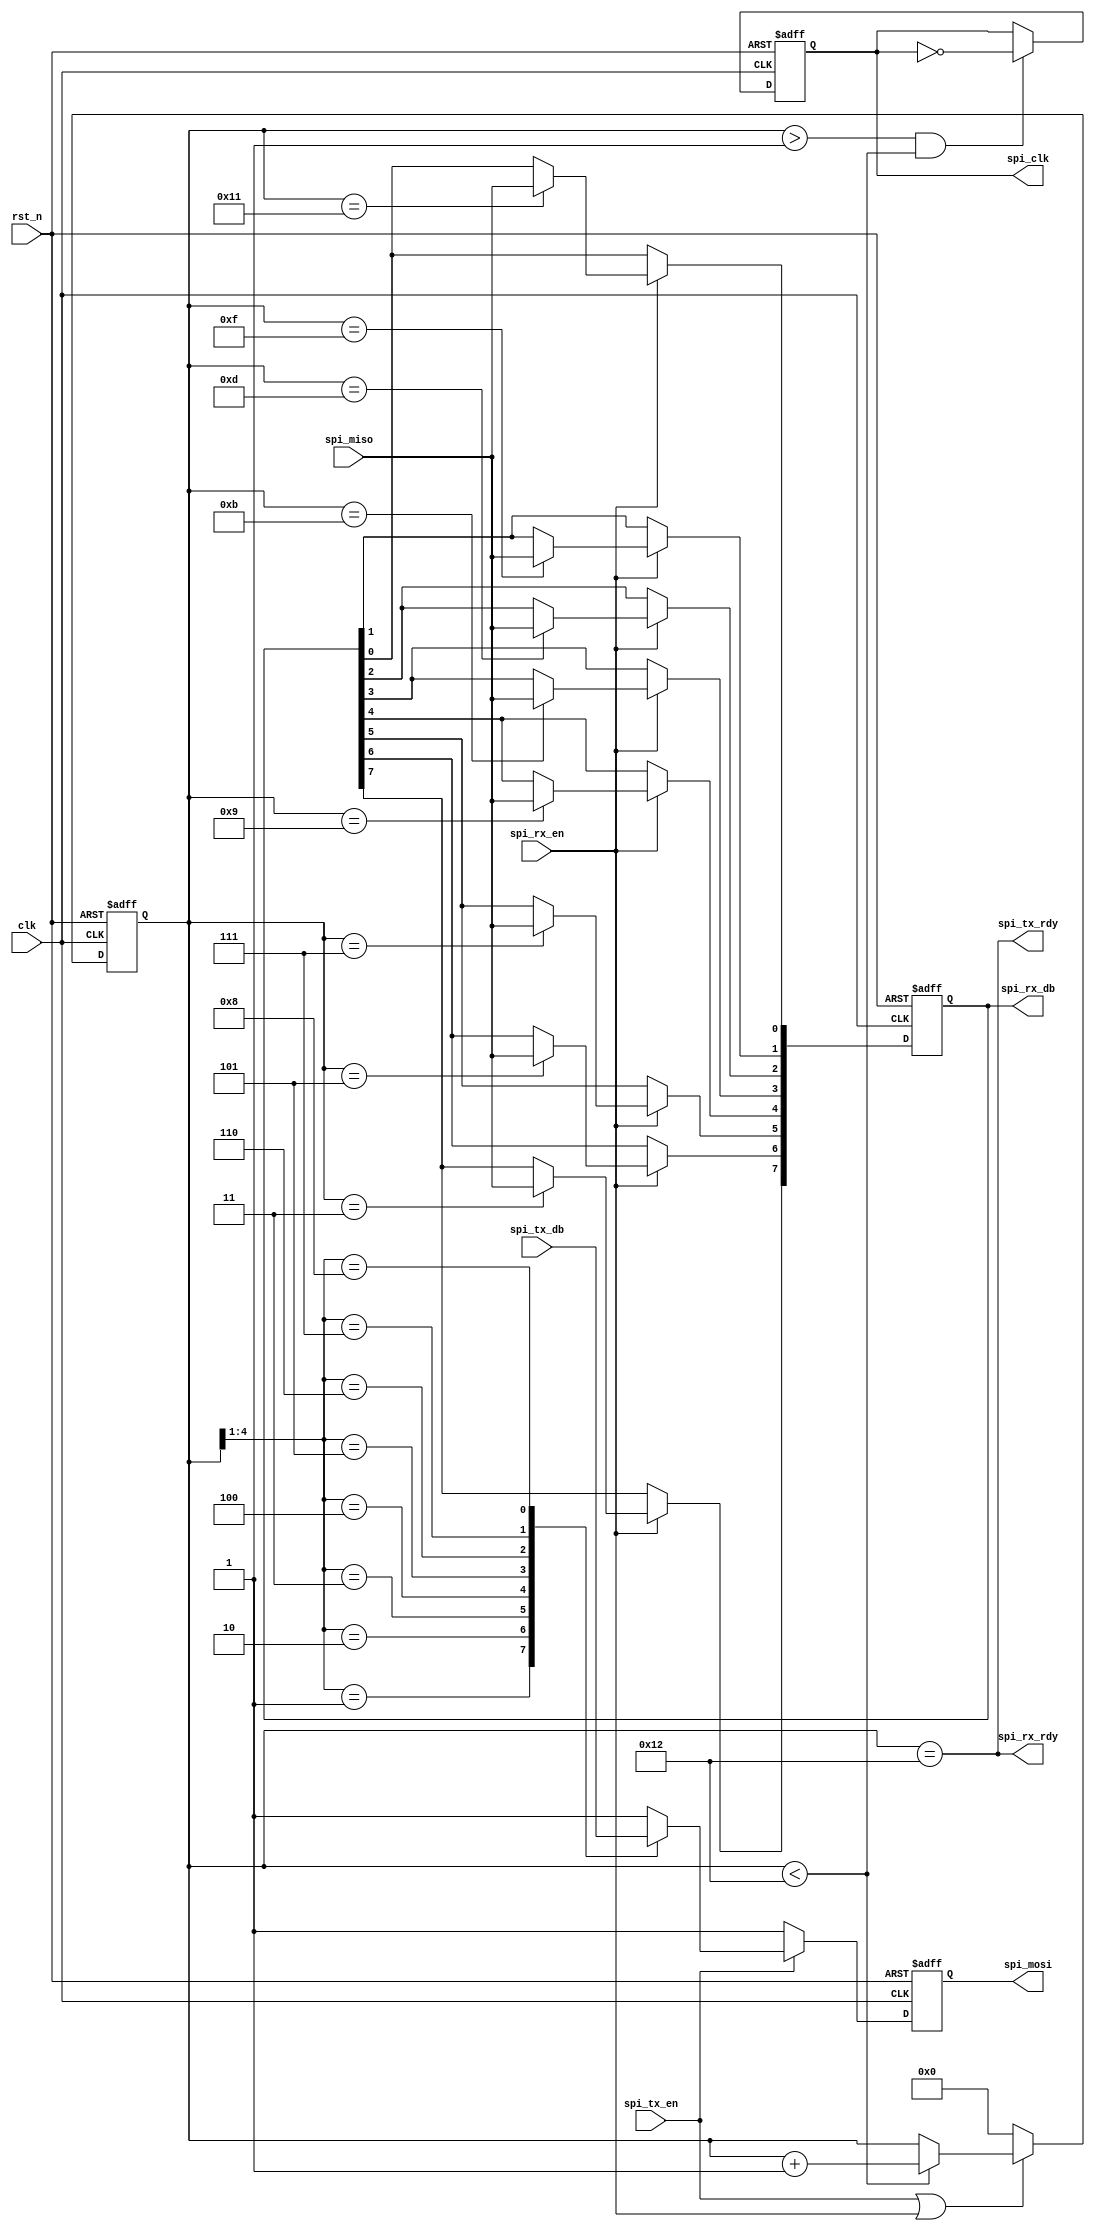
module spi_ctrl(
`ifndef SIM			
			spi_rx_db,
`endif	
			clk,rst_n,
			spi_miso,spi_mosi,spi_clk,
			spi_tx_en,spi_tx_rdy,spi_rx_en,spi_rx_rdy,spi_tx_db
			);

input clk;		//FPAGʱź25MHz
input rst_n;	//FPGA븴λź

input spi_miso;		//SPIӻź
output spi_mosi;	//SPIӻź
output spi_clk;		//SPIʱźţ

input spi_tx_en;		//SPIݷʹźţЧ
output spi_tx_rdy;		//SPIݷɱ־λЧ
input spi_rx_en;		//SPIݽʹźţЧ
output spi_rx_rdy;		//SPIݽɱ־λЧ
input[7:0] spi_tx_db;	//SPIݷͼĴ
`ifndef SIM
output[7:0] spi_rx_db;	//SPIݽռĴ
`else
wire[7:0] spi_rx_db;
`endif

//ģSPIʱģʽΪCPOL=1, CPHA=1,ģΪ25Mbit

//-------------------------------------------------
//SPIʱƼSPIʱɸüֵ
reg[4:0] cnt8;	//SPIʱƼ,Χ0-18

always @(posedge clk or negedge rst_n)
	if(!rst_n) cnt8 <= 5'd0;
	else if(spi_tx_en || spi_rx_en) begin
			if(cnt8 < 5'd18)cnt8 <= cnt8+1'b1;	//SPIʹ
			else ;	//18ֹͣȴspiʹ
		end
	else cnt8 <= 5'd0;	//SPIرգֹͣ

//-------------------------------------------------
//SPIʱźŲ
reg spi_clkr;	//SPIʱźţ

always @(posedge clk or negedge rst_n)
	if(!rst_n) spi_clkr <= 1'b1;
	else if(cnt8 > 5'd1 && cnt8 < 5'd18) spi_clkr <= ~spi_clkr;	//cnt82-17ʱSPIʱЧת

assign spi_clk = spi_clkr;

//-------------------------------------------------
//SPIݿ
reg spi_mosir;	//SPIӻź

always @(posedge clk or negedge rst_n)
	if(!rst_n) spi_mosir <= 1'b1;
	else if(spi_tx_en) begin
			case(cnt8[4:1])		//8bit
				4'd1: spi_mosir <= spi_tx_db[7];	//bit7
				4'd2: spi_mosir <= spi_tx_db[6];	//bit6
				4'd3: spi_mosir <= spi_tx_db[5];	//bit5
				4'd4: spi_mosir <= spi_tx_db[4];	//bit4
				4'd5: spi_mosir <= spi_tx_db[3];	//bit3
				4'd6: spi_mosir <= spi_tx_db[2];	//bit2
				4'd7: spi_mosir <= spi_tx_db[1];	//bit1
				4'd8: spi_mosir <= spi_tx_db[0];	//bit0
				default: spi_mosir <= 1'b1;	//spi_mosiûʱӦָߵƽ
				endcase
		end
	else spi_mosir <= 1'b1;	//spi_mosiûʱӦָߵƽ

assign spi_mosi = spi_mosir;

//-------------------------------------------------
//SPIݿ
reg[7:0] spi_rx_dbr;	//SPIӻ߼Ĵ

always @(posedge clk or negedge rst_n)
	if(!rst_n) spi_rx_dbr <= 8'hff;
	else if(spi_rx_en) begin
			case(cnt8)		//ղ8bit
				5'd3: spi_rx_dbr[7] <= spi_miso;	//bit7
				5'd5: spi_rx_dbr[6] <= spi_miso;	//bit6
				5'd7: spi_rx_dbr[5] <= spi_miso;	//bit5
				5'd9: spi_rx_dbr[4] <= spi_miso;	//bit4
				5'd11: spi_rx_dbr[3] <= spi_miso;	//bit3
				5'd13: spi_rx_dbr[2] <= spi_miso;	//bit2
				5'd15: spi_rx_dbr[1] <= spi_miso;	//bit1
				5'd17: spi_rx_dbr[0] <= spi_miso;	//bit0
				default: ;
				endcase
		end

assign spi_rx_db = spi_rx_dbr;

//-------------------------------------------------
//SPIݷɱ־λЧ
assign spi_tx_rdy = (cnt8 == 5'd18)/* & spi_tx_en)*/;

//-------------------------------------------------
//SPIݽɱ־λЧ
assign spi_rx_rdy = (cnt8 == 5'd18)/* & spi_rx_en)*/;


endmodule